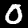
Label: 0